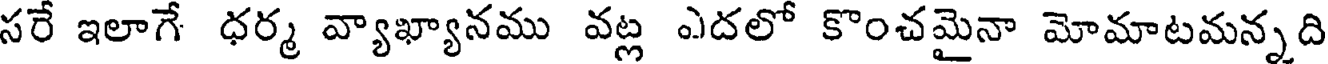
సరే ఇలాగే ధర్మ వ్యాఖ్యానము వట్ల ఎదలో కొంచమైనా మోమాటమన్నది